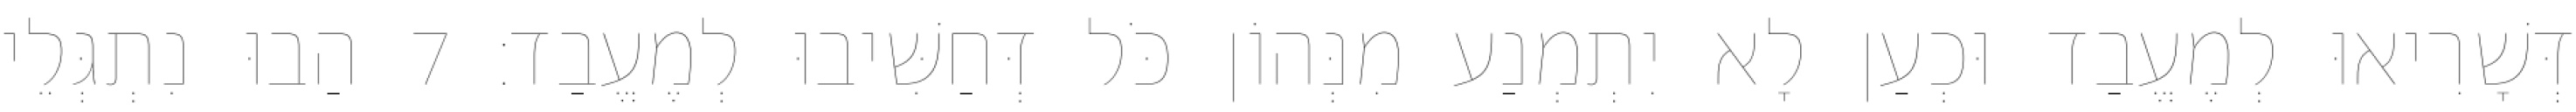
דְּשָׁרִיאוּ לְמֶעֱבַד וּכְעַן לָא יִתְמְנַע מִנְּהוֹן כֹּל דְּחַשִּׁיבוּ לְמֶעֱבַד׃ 7 הַבוּ נִתְגְּלֵי